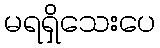
မရရှိသေးပေ